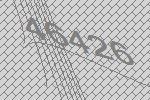
46426